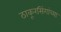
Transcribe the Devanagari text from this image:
ठाकूरसिंगांच्या